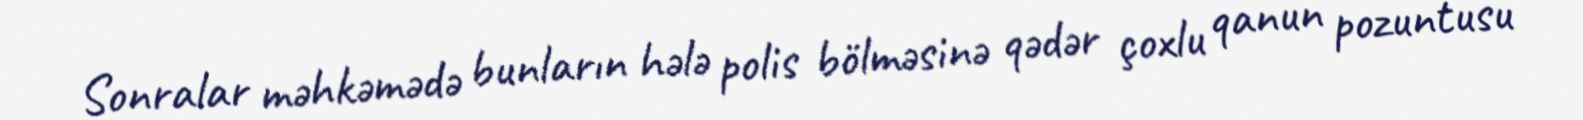
Sonralar məhkəmədə bunların hələ polis bölməsinə qədər çoxlu qanun pozuntusu